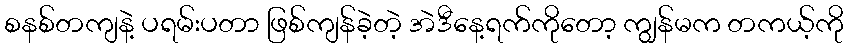
စနစ်တကျနဲ့ ပရမ်းပတာ ဖြစ်ကျန်ခဲ့တဲ့ အဲဒီနေ့ရက်ကိုတော့ ကျွန်မက တကယ့်ကို